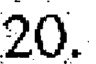
20.